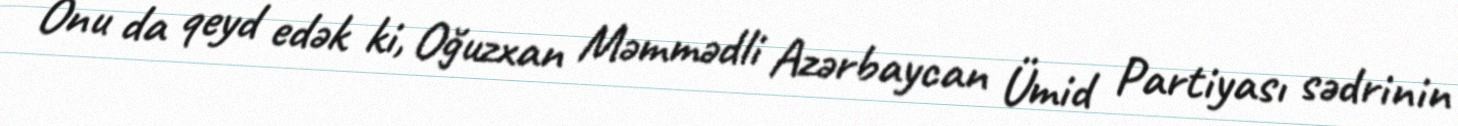
Onu da qeyd edək ki, Oğuzxan Məmmədli Azərbaycan Ümid Partiyası sədrinin